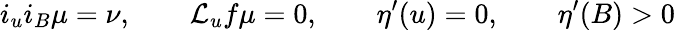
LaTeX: i_{u}i_{B}\mu=\nu,\qquad\mathcal{L}_{u}f\mu=0,\qquad\eta^{\prime}(u)=0,\qquad\eta^{\prime}(B)>0